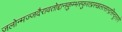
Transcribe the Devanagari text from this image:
जलोन्मज्जदैरावतोद्दानकुम्भस्फुरत्प्रस्खलत्सान्द्रसिन्दूररागे